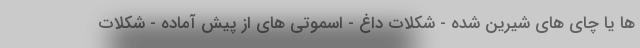
ها یا چای های شیرین شده - شکلات داغ - اسموتی های از پیش آماده - شکلات